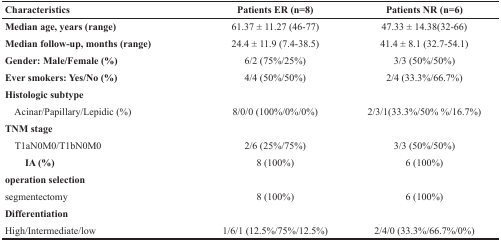
<table><thead><tr><td><b>Characteristics</b></td><td><b>Patients ER (n=8)</b></td><td><b>Patients NR (n=6)</b></td></tr></thead><tbody><tr><td><b>Median age, years (range)</b></td><td>61.37 ± 11.27 (46-77)</td><td>47.33 ± 14.38(32-66)</td></tr><tr><td><b>Median follow-up, months (range)</b></td><td>24.4 ± 11.9 (7.4-38.5)</td><td>41.4 ± 8.1 (32.7-54.1)</td></tr><tr><td><b>Gender: Male/Female (%)</b></td><td>6/2 (75%/25%)</td><td>3/3 (50%/50%)</td></tr><tr><td><b>Ever smokers: Yes/No (%)</b></td><td>4/4 (50%/50%)</td><td>2/4 (33.3%/66.7%)</td></tr><tr><td><b>Histologic subtype</b></td><td></td><td></td></tr><tr><td> Acinar/Papillary/Lepidic (%)</td><td>8/0/0 (100%/0%/0%)</td><td>2/3/1(33.3%/50% %/16.7%)</td></tr><tr><td><b>TNM stage</b></td><td></td><td></td></tr><tr><td> T1aN0M0/T1bN0M0</td><td>2/6 (25%/75%)</td><td>3/3 (50%/50%)</td></tr><tr><td><b>IA (%)</b></td><td>8 (100%)</td><td>6 (100%)</td></tr><tr><td><b>operation selection</b></td><td></td><td></td></tr><tr><td>segmentectomy</td><td>8 (100%)</td><td>6 (100%)</td></tr><tr><td><b>Differentiation</b></td><td></td><td></td></tr><tr><td>High/Intermediate/low</td><td>1/6/1 (12.5%/75%/12.5%)</td><td>2/4/0 (33.3%/66.7%/0%)</td></tr></tbody></table>